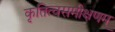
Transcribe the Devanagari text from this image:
कृतित्वसमीक्षणम्